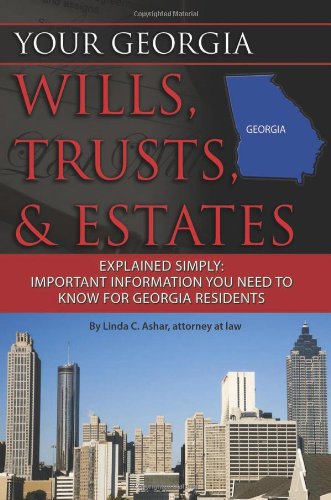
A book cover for Your Georgia Wills, Trusts, & Estates Explained Simply: Important Information You Need to Know for Georgia Residents (Back-To-Basics); Linda C Ashar; Law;